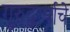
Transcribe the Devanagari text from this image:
गुरुद्वार्याचे